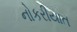
નોકરીયાત